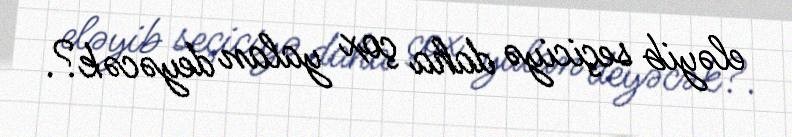
eləyib seçiciyə daha çox yalan deyəcək?.